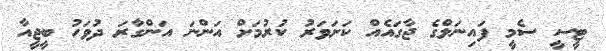
ޓީސީ ސެމީ ފައިނަލްގެ ޖާގައެއް ކަށަވަރު ކުރުމަށް އަންނަ އަންގާރަ ދުވަހު ބީޖީއާ